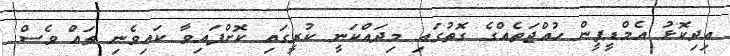
އިދިކޮޅު އެމްޑީޕީން ހުއްޖަތެއްގެ ގޮތުގައި މިދައްކަނީ ކުރީގައި ކޮށްފައިވާ ކައިވެނި ތައް ވެސް